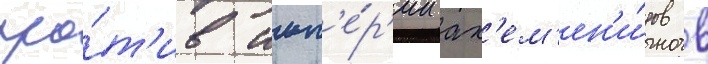
про́т'ив имп'е́р'ии ах'ем'ен'и́дов в